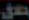
حلل